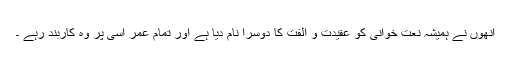
انھوں نے ہمیشہ نعت خوانی کو عقیدت و الفت کا دوسرا نام دیا ہے اور تمام عمر اسی پر وہ کاربند رہے ۔